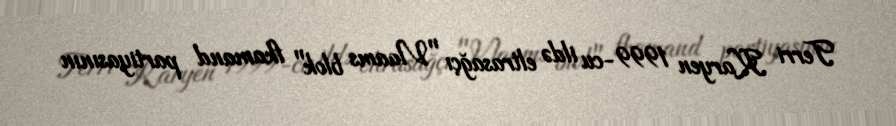
Terri Karyen 1999-cu ildə eltrasağçı "Vlaams blok" fkamand partiyasının